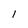
Character: l